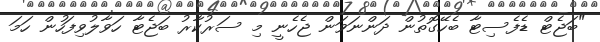
"ބަޖެޓް ޑެފެސިޓާ ބެހޭގޮތުން ދަންނަވަން ޖެހެނީ މި ސަރުކާރު ބަޖެޓާ ހަވާލުވިފަހުން ހަމަ